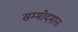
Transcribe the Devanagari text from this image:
सम्मोदमान